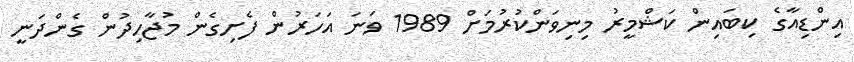
އިންޑިއާގެ ކިބައިން ކަޝްމީރު މިނިވަންކުރުމަށް 1989 ވަނަ އަހަރުން ފެށިގެން މުޖާހިދުން ގެންދަނީ